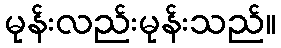
မုန်းလည်းမုန်းသည်။